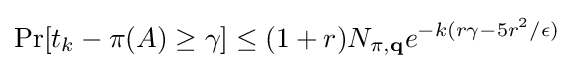
\Pr[t_{k}-\pi (A)\geq \gamma ]\leq (1+r)N_{\pi ,\mathbf {q} }e^{-k(r\gamma -5r^{2}/\epsilon )}